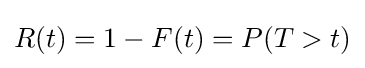
R(t)=1-F(t)=P(T>t)